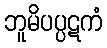
ဘူမိပပ္ပဋကံ